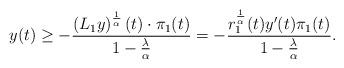
LaTeX: \begin{align*}y(t)\geq -\frac{\left(L_{1}y\right)^{\frac{1}{\alpha}}(t)\cdot\pi_{1}(t)}{1-\frac{\lambda}{\alpha}}=-\frac{r_{1}^{\frac{1}{\alpha}}(t)y'(t)\pi_{1}(t)}{1-\frac{\lambda}{\alpha}}.\end{align*}